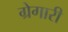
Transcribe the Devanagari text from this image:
ग्रेगारी